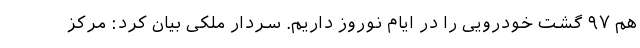
هم ۹۷ گشت خودرویی را در ایام نوروز داریم. سردار ملکی بیان کرد: مرکز